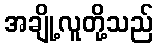
အချို့လူတို့သည်